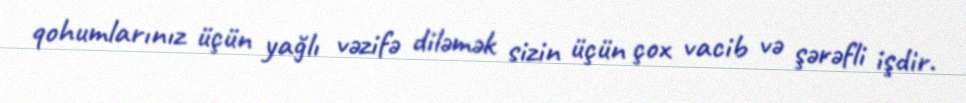
qohumlarınız üçün yağlı vəzifə diləmək sizin üçün çox vacib və şərəfli işdir.